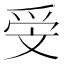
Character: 𣁍